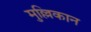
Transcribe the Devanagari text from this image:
मुल्लिकान